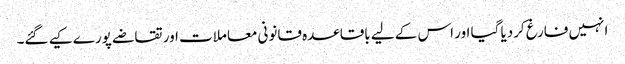
انہیں فارغ کردیا گیا اور اس کے لیے باقاعدہ قانونی معاملات اور تقاضے پورے کیے گئے۔